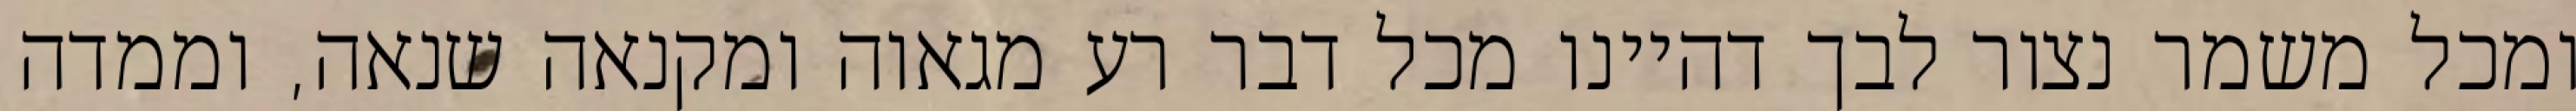
ומכל משמר נצור לבך דהיינו מכל דבר רע מגאוה ומקנאה שנאה, וממדה